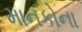
માનકોના